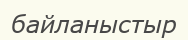
байланыстыр